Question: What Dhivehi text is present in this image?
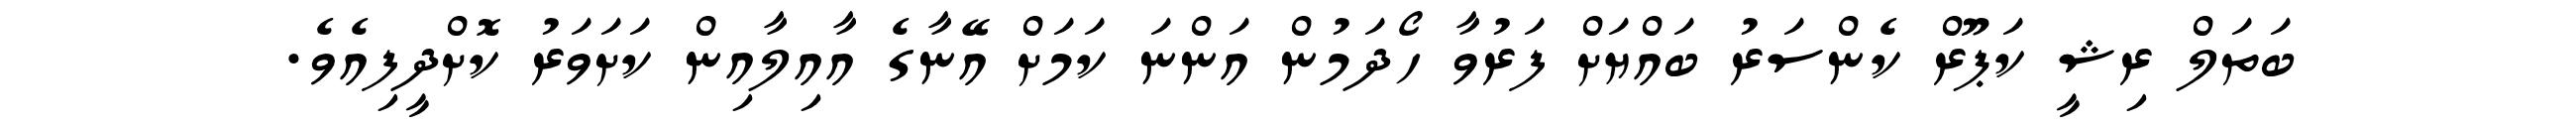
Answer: ބަތަލް ރިޝީ ކަޕޫރް ކެންސަރު ބައްޔަށް ފަރުވާ ހޯދަމުން އަންނަ ކަމަށް އޭނާގެ އާއިލާއިން ކަށަވަރު ކޮށްދީފިއެވެ.